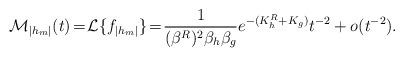
LaTeX: \begin{align*} \mathcal{M}_{|h_m|}(t) \!=\! \mathcal{L}\{f_{|h_m|}\} \!=\! \frac{1}{(\beta^R)^2\beta_h\beta_g} e^{-(K^R_h+K_g)} t^{-2}+o(t^{-2}).\end{align*}